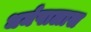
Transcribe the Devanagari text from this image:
धर्मपालास